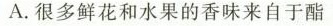
A.很多鲜花和水果的香味来自于酯